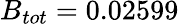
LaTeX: B_{tot}=0.02599